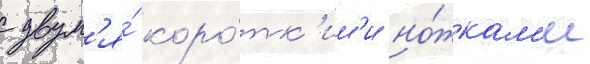
с двум'я́ коро́тк'им'и но́жкам'и